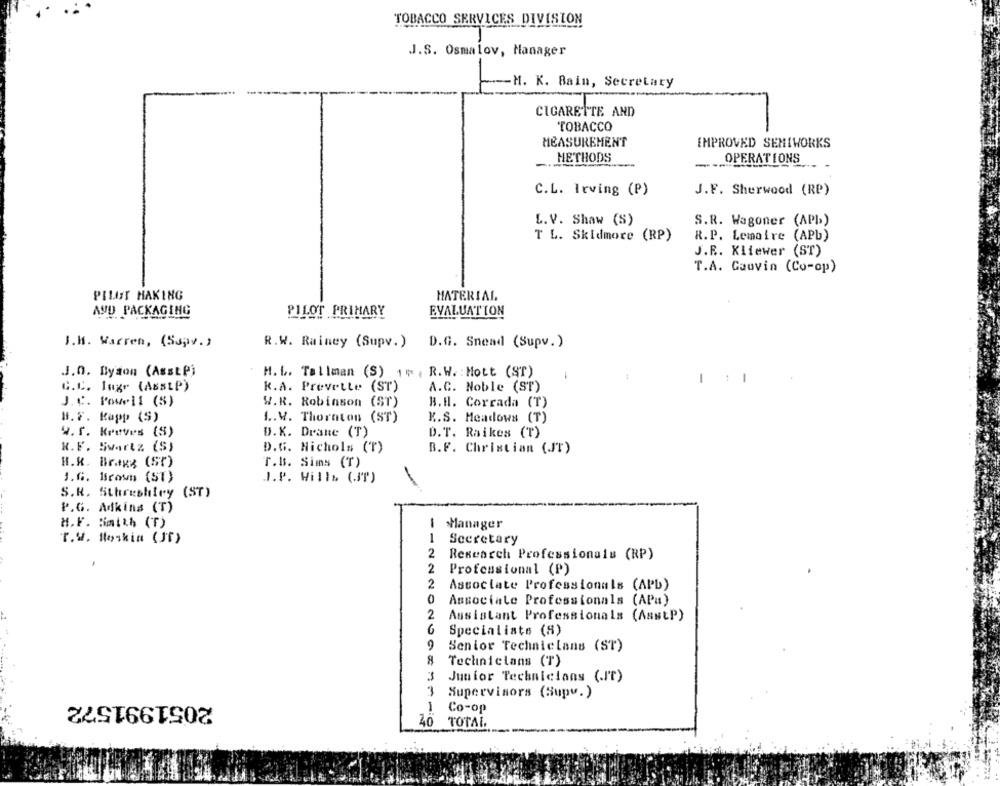
TOBACCO SERVICES DIVISION
J.S. Osmalov, Manager
-- M. K. Bain, Secretary
CIGARETTE AND
TOBACCO
MEASUREMENT
IMPROVED SEMIWORKS
METHODS
OPERATIONS
J.F. Sherwood (RP)
C.L. Irving (P)
L. V. Shaw (S)
S.R. Wagoner (APb)
T L. Skidmore (RP)
R.P. Lemaire (APb)
J.R .. Kliewer (ST)
T.A. Gauvin (Co-op)
PILOT HAKING
MATERIAL
AND PACKAGING
PILOT PRIMARY
EVALUATION
J.M. Warren, (Ssav.)
R.W. Rainey (Supv.)
D.G. Snead (Supv.)
J.O. Byson (AsstP)
H. L. Tallman (S) 15 , R.W. : Mott (ST)
1 : 1
C.C. Inge (ABSLP)
K.A. Prevette (ST)
A.C. Noble (ST)
J.C. Powell (S)
W.R. Robinson (ST)
B.H. Corrada (T)
H.F. Kapp (S)
1 .. W. Thornton (ST)
K.S. Meadows (T)
D.K. Drane (T)
W.f. Kreves (S)
D.T. Raikes (T)
N.F. Swartz (S)
D.G. Nichols (T)
B.F. Christian (JT)
H.K. Bragg (ST)
T.B. Sims (T)
1.G. Brown (ST)
.J.P. Wille (.IT)
S.R. Sthreshley (ST)
P.G. Adkins (T)
H.F. Smith (T)
Manager
T.W. Moskin (Jf)
1
Secretary
2
Research Professionals (RP)
2
Professional (P)
2
Associate Professionals (APb)
0
Associale Professionals (APu)
2
Assistant Professionals (AsstP)
Specialists (8)
Senior Techniclans (ST)
8
Technicians (T)
3
Junior Technicians (.IT)
2051991572
Supervisors (Supv.)
1
Co-op
30
TOTAL.